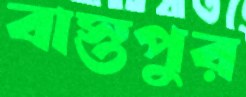
বাস্তপুর